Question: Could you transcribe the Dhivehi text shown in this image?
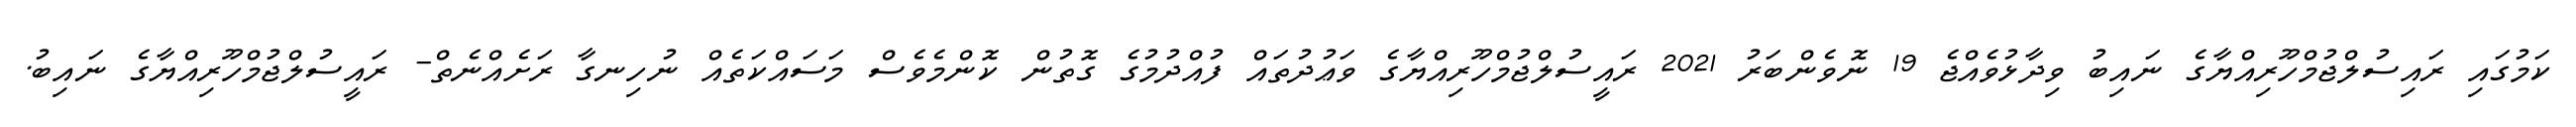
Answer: ކަމުގައި ރައިސުލްޖުމްހޫރިއްޔާގެ ނައިބު ވިދާޅުވެއްޖެ 19 ނޮވެންބަރު 2021 ރައީސުލްޖުމްހޫރިއްޔާގެ ވަޢުދުތައް ފުއްދުމުގެ ގޮތުން ކޮންމެވެސް މަސައްކަތެއް ނުހިނގާ ރަށެއްނެތް- ރައީސުލްޖުމްހޫރިއްޔާގެ ނައިބު.